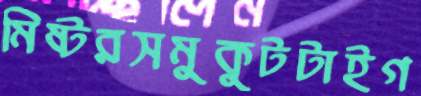
মিষ্টরসমুকুটটাইগ